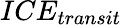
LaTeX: ICE_{transit}